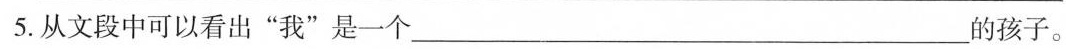
5.从文段中可以看出”我”是一个___的孩子。